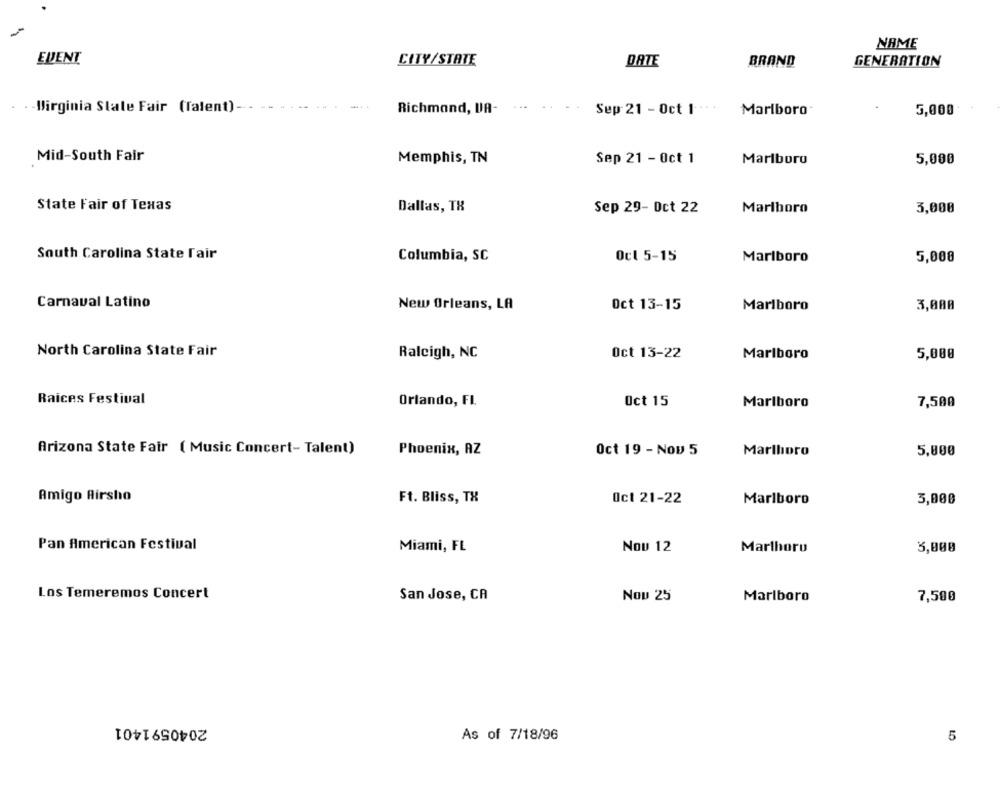
-
NAME
EVENT
CITY/STATE
DATE
BRAND
GENERATION
-Wirginia State Fair (Talent) -
Richmand, DA-
Sep 21 - Oct 1
Marlboro
5,000
Mid-South Fair
Memphis, TN
Sep 21 - Oct 1
Mariboru
5,000
State Fair of Texas
Dallas, TX
Sep 29- Oct 22
Marlboro
3,000
South Carolina State fair
Columbia, SC
Ocl 5-15
Marlboro
5,008
Carnaval Latino
New Orleans, LA
Oct 13-15
Marlboro
3,000
North Carolina State Fair
Raleigh, NC
Oct 13-22
Marlboro
5,000
Raices Festival
Orlando, Fl
Oct 15
Marlboro
7,500
Arizona State Fair ( Music Concert- Talent)
Phoenix, AZ
Oct 19 - Nov 5
5,000
Marlboro
Amigo Rirsho
Ft. Bliss, TX
Oct 21-22
Marlboro
3,000
Pan American Festival
Miami, FL
Nov 12
Marlboro
3,000
Los Temeremos Concert
San Jose, CA
Now 25
Marlboro
7,500
2040591401
As of 7/18/96
5